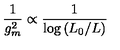
{ \frac { 1 } { g _ { m } ^ { 2 } } } \propto { \frac { 1 } { \log { ( L _ { 0 } / L ) } } }